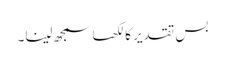
بس تقدیر کا لکھا سمجھ لینا۔